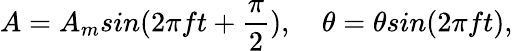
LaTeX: A=A_{m}sin(2\pi ft+\frac{\pi}{2}),\quad\theta=\theta sin(2\pi ft),